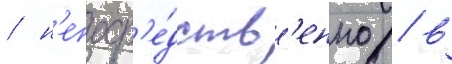
/ н'епоср'е́дств'енно / в